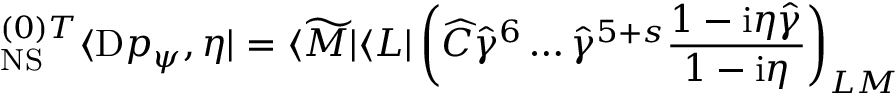
{ } _ { \mathrm { N S } } ^ { ( 0 ) T } \langle \mathrm { D } p _ { \psi } , \eta | = \langle \widetilde M | \langle L | \left( \widehat C { \widehat { \gamma } } ^ { 6 } \dots { \widehat { \gamma } } ^ { 5 + s } \frac { 1 - \mathrm { i } \eta \widehat \gamma } { 1 - \mathrm { i } \eta } \right) _ { L M }